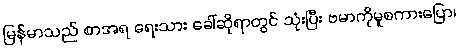
မြန်မာသည် စာအရ ရေးသား ခေါ်ဆိုရာတွင် သုံးပြီး ဗမာကိုမူစကားပြော၊